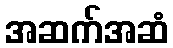
အဆက်အဆံ